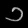
Digit: ၁